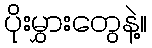
ပိုးမွှားတွေနဲ့။